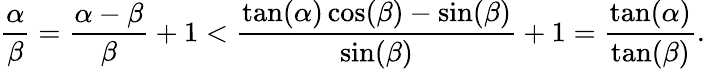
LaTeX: {\frac{\alpha}{\beta}}={\frac{\alpha-\beta}{\beta}}+1<{\frac{\tan(\alpha)\cos(\beta)-\sin(\beta)}{\sin(\beta)}}+1={\frac{\tan(\alpha)}{\tan(\beta)}}.